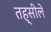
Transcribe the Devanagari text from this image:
तह्सीले